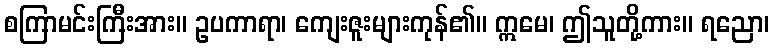
စကြာမင်းကြီးအား။ ဥပကာရာ၊ ကျေးဇူးများကုန်၏။ ဣမေ၊ ဤသူတို့ကား။ ရညော၊